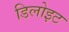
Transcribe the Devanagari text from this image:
डिलोइट